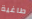
طاغية